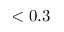
< 0 . 3